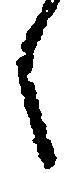
く